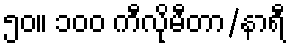
၅၀။ ၁၀၀ ကီလိုမီတာ/နာရီ